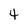
Character: 4